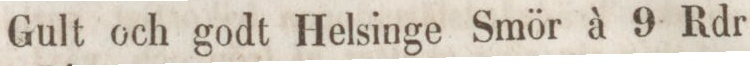
Gult och godt Helsinge Smör à 9 Rdr